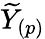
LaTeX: \widetilde{Y}_{(p)}